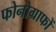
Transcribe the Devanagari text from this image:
फोनोग्राफों